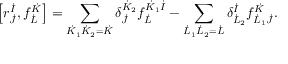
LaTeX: \left[ r _ { \dot { J } } ^ { \dot { I } } , f _ { \dot { L } } ^ { \dot { K } } \right] = \sum _ { \dot { K } _ { 1 } \dot { K } _ { 2 } = \dot { K } } \delta _ { \dot { J } } ^ { \dot { K } _ { 2 } } f _ { \dot { L } } ^ { \dot { K } _ { 1 } \dot { I } } - \sum _ { \dot { L } _ { 1 } \dot { L } _ { 2 } = \dot { L } } \delta _ { \dot { L } _ { 2 } } ^ { \dot { I } } f _ { \dot { L } _ { 1 } \dot { J } } ^ { \dot { K } } .